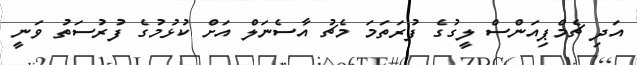
އަދި ޗެމްޕިއަންސް ލީގުގެ ފުރަތަމަ މެޗު އާސެނަލް އަށް ކުޅުމުގެ ފުރުސަތު ވަނީ